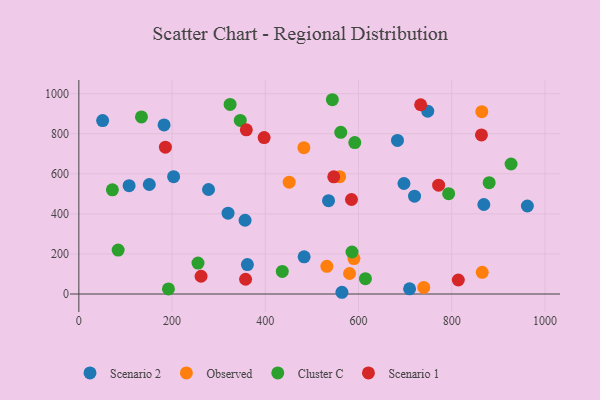
{"axis": {"x": "Ad Spend", "y": "Rating"}, "legend": ["Cluster C", "Observed", "Scenario 1", "Scenario 2"], "data": [{"x": "320.1", "y": 403.6, "type": "Scenario 2"}, {"x": "361.6", "y": 147.0, "type": "Scenario 2"}, {"x": "868.9", "y": 446.8, "type": "Scenario 2"}, {"x": "107.8", "y": 540.9, "type": "Scenario 2"}, {"x": "483.3", "y": 185.4, "type": "Scenario 2"}, {"x": "709.6", "y": 25.6, "type": "Scenario 2"}, {"x": "182.8", "y": 844.0, "type": "Scenario 2"}, {"x": "278.2", "y": 521.7, "type": "Scenario 2"}, {"x": "564.4", "y": 8.6, "type": "Scenario 2"}, {"x": "151.1", "y": 546.8, "type": "Scenario 2"}, {"x": "203.3", "y": 585.8, "type": "Scenario 2"}, {"x": "535.7", "y": 465.9, "type": "Scenario 2"}, {"x": "962.3", "y": 439.3, "type": "Scenario 2"}, {"x": "697.5", "y": 551.7, "type": "Scenario 2"}, {"x": "51.0", "y": 865.9, "type": "Scenario 2"}, {"x": "720.2", "y": 488.2, "type": "Scenario 2"}, {"x": "356.6", "y": 368.1, "type": "Scenario 2"}, {"x": "683.6", "y": 766.9, "type": "Scenario 2"}, {"x": "748.5", "y": 912.8, "type": "Scenario 2"}, {"x": "590.2", "y": 176.8, "type": "Observed"}, {"x": "559.6", "y": 586.0, "type": "Observed"}, {"x": "865.4", "y": 108.4, "type": "Observed"}, {"x": "580.8", "y": 102.3, "type": "Observed"}, {"x": "864.5", "y": 910.2, "type": "Observed"}, {"x": "451.3", "y": 558.3, "type": "Observed"}, {"x": "482.8", "y": 730.8, "type": "Observed"}, {"x": "740.0", "y": 32.9, "type": "Observed"}, {"x": "532.1", "y": 138.1, "type": "Observed"}, {"x": "586.0", "y": 209.8, "type": "Cluster C"}, {"x": "71.9", "y": 520.0, "type": "Cluster C"}, {"x": "436.5", "y": 112.8, "type": "Cluster C"}, {"x": "192.2", "y": 25.1, "type": "Cluster C"}, {"x": "592.0", "y": 756.1, "type": "Cluster C"}, {"x": "561.9", "y": 807.4, "type": "Cluster C"}, {"x": "84.3", "y": 219.5, "type": "Cluster C"}, {"x": "346.3", "y": 866.4, "type": "Cluster C"}, {"x": "134.3", "y": 884.1, "type": "Cluster C"}, {"x": "614.8", "y": 76.5, "type": "Cluster C"}, {"x": "793.4", "y": 500.7, "type": "Cluster C"}, {"x": "880.3", "y": 556.0, "type": "Cluster C"}, {"x": "927.3", "y": 649.2, "type": "Cluster C"}, {"x": "255.6", "y": 154.2, "type": "Cluster C"}, {"x": "543.9", "y": 970.0, "type": "Cluster C"}, {"x": "324.5", "y": 946.7, "type": "Cluster C"}, {"x": "359.3", "y": 819.8, "type": "Scenario 1"}, {"x": "584.9", "y": 471.9, "type": "Scenario 1"}, {"x": "733.3", "y": 944.8, "type": "Scenario 1"}, {"x": "357.7", "y": 73.6, "type": "Scenario 1"}, {"x": "185.7", "y": 733.2, "type": "Scenario 1"}, {"x": "397.5", "y": 780.8, "type": "Scenario 1"}, {"x": "814.1", "y": 70.0, "type": "Scenario 1"}, {"x": "863.8", "y": 794.3, "type": "Scenario 1"}, {"x": "262.2", "y": 88.6, "type": "Scenario 1"}, {"x": "546.9", "y": 584.8, "type": "Scenario 1"}, {"x": "771.9", "y": 543.3, "type": "Scenario 1"}]}